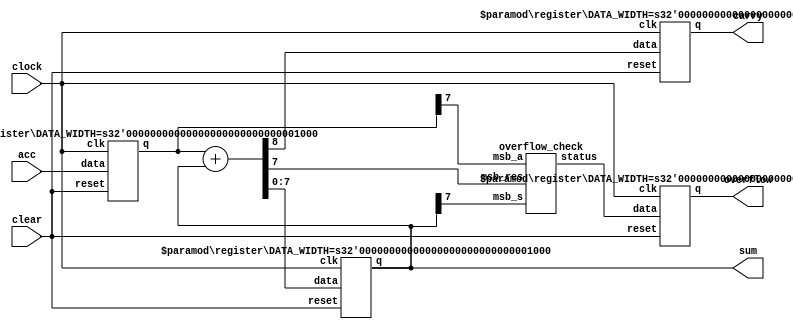
// 
// 8-bit accumulator unit
//

module accumulator_8bit(acc, clock, carry, overflow, clear, sum);
  input clock, clear;
  input [7:0] acc;
  output carry, overflow;
  output [7:0] sum;

  wire carry_out, s, status_sign;
  wire [7:0] channel_A;
  wire [7:0] channel_S;
  wire [7:0] result;

  register #(.DATA_WIDTH(8)) register_A(.data(acc), .clk(clock), .reset(clear), .q(channel_A));
  register #(.DATA_WIDTH(8)) register_S(.data(result), .clk(clock), .reset(clear), .q(channel_S));
  register #(.DATA_WIDTH(1)) ovr(.data(status_sign), .clk(clock), .reset(clear), .q(overflow)); // overflow sign
  register #(.DATA_WIDTH(1)) crr(.data(carry_out), .clk(clock), .reset(clear), .q(carry)); // carry

  overflow_check ovr_test(.msb_a(channel_A[7]), .msb_s(channel_S[7]), .msb_res(result[7]), .status(status_sign));
  
  assign {carry_out, result} = channel_A + channel_S;
  assign sum = channel_S;

endmodule

module register #(parameter DATA_WIDTH = 1) (data, clk, reset, q);
  input clk, reset;
  input [DATA_WIDTH - 1:0] data;
  output reg [DATA_WIDTH - 1:0] q;

  always @ (posedge clk or negedge reset)
    if (~reset) begin
      q <= 'b0;
    end else begin
      q <= data;
    end

endmodule

module overflow_check(msb_a, msb_s, msb_res, status);
  input  msb_a, msb_s, msb_res;
  output status;
  
  assign status = (msb_a & msb_s & ~msb_res) | (~msb_a & ~msb_s & msb_res);

endmodule